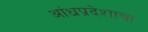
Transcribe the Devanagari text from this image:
आंध्रप्रदेशाचा